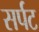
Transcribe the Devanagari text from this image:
सर्पट